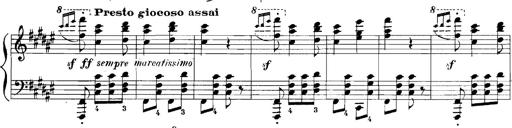
Title: Rhapsodies hongroises
Composer: Franz Liszt